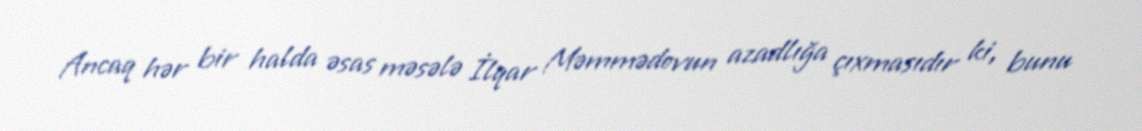
Ancaq hər bir halda əsas məsələ İlqar Məmmədovun azadlığa çıxmasıdır ki, bunu